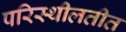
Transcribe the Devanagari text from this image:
परिस्थीलतीत